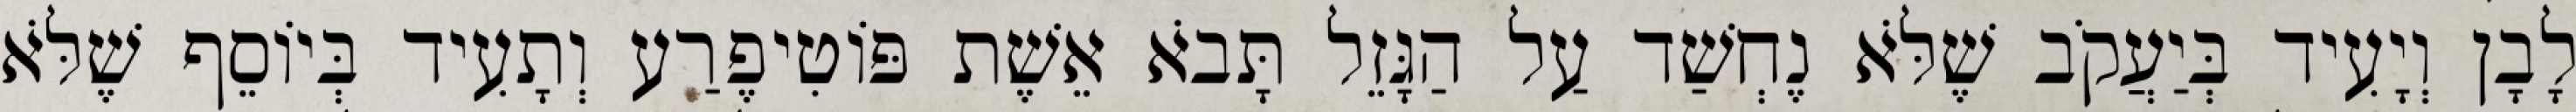
לָבָן וְיָעִיד בְּיַעֲקֹב שֶׁלֹּא נֶחְשַׁד עַל הַגָּזֵל תָּבֹא אֵשֶׁת פּוֹטִיפֶרַע וְתָעִיד בְּיוֹסֵף שֶׁלֹּא